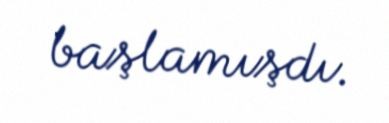
başlamışdı.